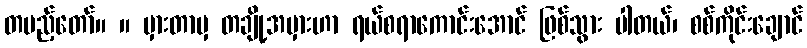
တပည့်တော်။ ။ မှားတာမှ တချို့အမှားဟာ ရယ်စရာကောင်းအောင် ဖြစ်သွား ပါတယ်၊ စစ်ကိုင်းချောင်